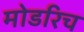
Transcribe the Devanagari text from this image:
मोडरिच